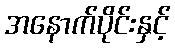
အနောက်ပိုင်းနှင့်